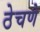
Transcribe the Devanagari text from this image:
ठेचणे